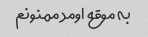
به موقع اومد ممنونم